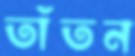
তাঁতন